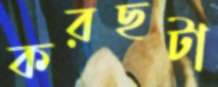
করছটা